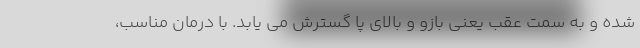
شده و به سمت عقب یعنی بازو و بالای پا گسترش می یابد. با درمان مناسب،